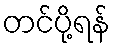
တင်ပို့ရန်